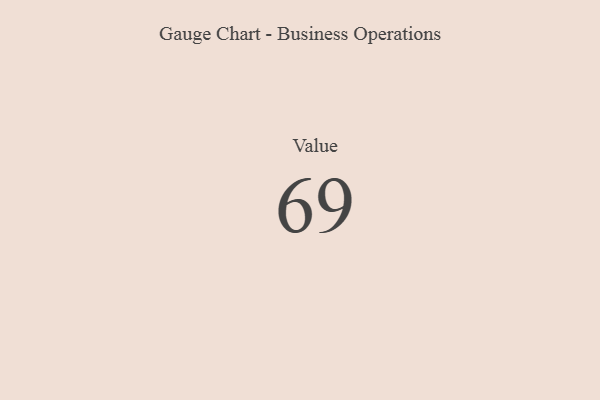
{"axis": {"x": "Metric", "y": "Value"}, "legend": [""], "data": [{"x": "Value", "y": 69, "type": ""}]}